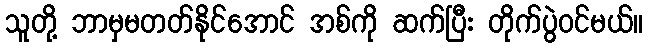
သူတို့ ဘာမှမတတ်နိုင်အောင် အစ်ကို ဆက်ပြီး တိုက်ပွဲဝင်မယ်။